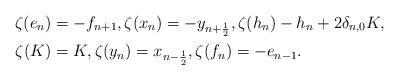
LaTeX: \begin{align*} \zeta(e_n)&= -f_{n+1},\zeta(x_n)= -y_{n+\frac{1}{2}}, \zeta(h_{n}) -h_n +2\delta_{n,0} K,\\ \zeta(K)&= K, \zeta(y_n)= x_{n-\frac{1}{2}}, \zeta(f_n)= -e_{n-1}.\end{align*}